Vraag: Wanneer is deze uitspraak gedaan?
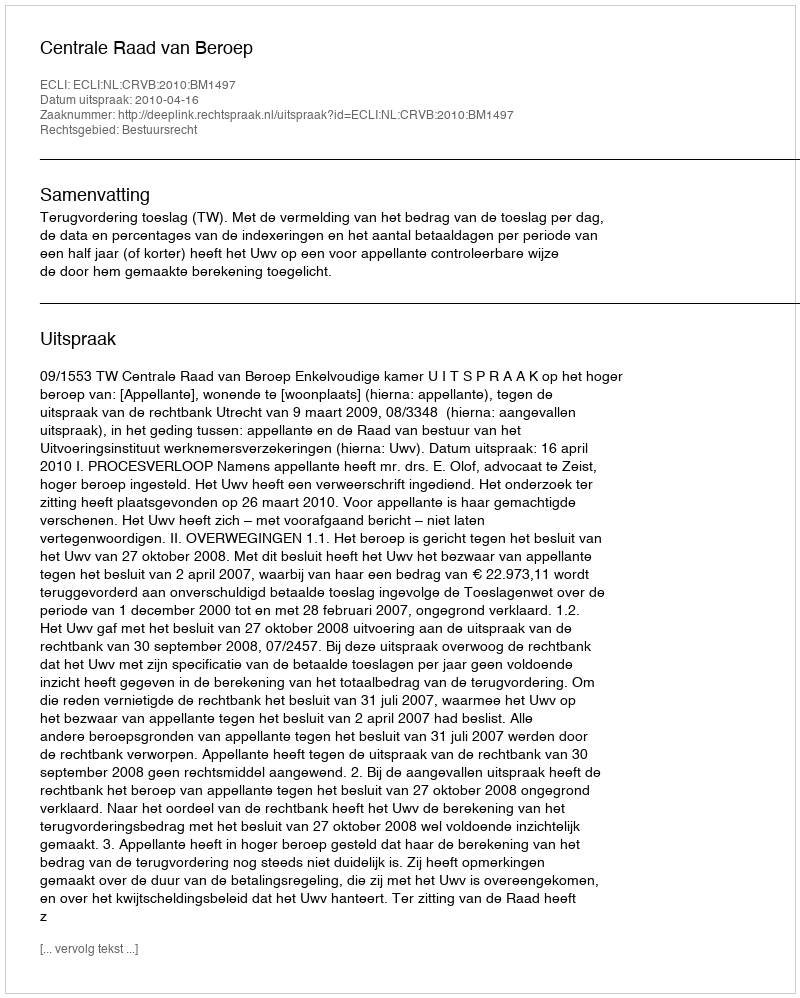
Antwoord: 2010-04-16